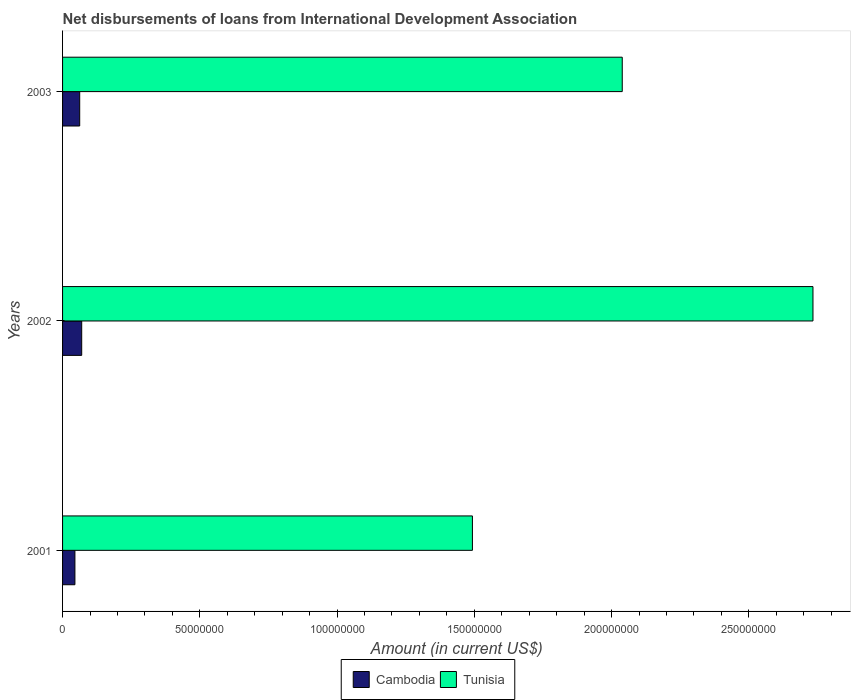
| Years | Cambodia | Tunisia |
 | --- | --- | --- |
 | 2001 | 4.5e+06 | 1.49e+08 |
 | 2002 | 6.97e+06 | 2.73e+08 |
 | 2003 | 6.24e+06 | 2.04e+08 |